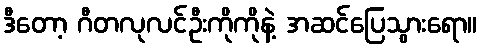
ဒီတော့ ဂီတလုလင်ဦးကိုကိုနဲ့ အဆင်ပြေသွားရော။